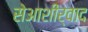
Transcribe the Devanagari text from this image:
सेआशीर्वाद